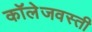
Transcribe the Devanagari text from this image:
कॉलेजवस्ती